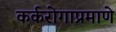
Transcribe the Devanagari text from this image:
कर्करोगाप्रमाणे